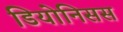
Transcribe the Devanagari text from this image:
डियोनिसस